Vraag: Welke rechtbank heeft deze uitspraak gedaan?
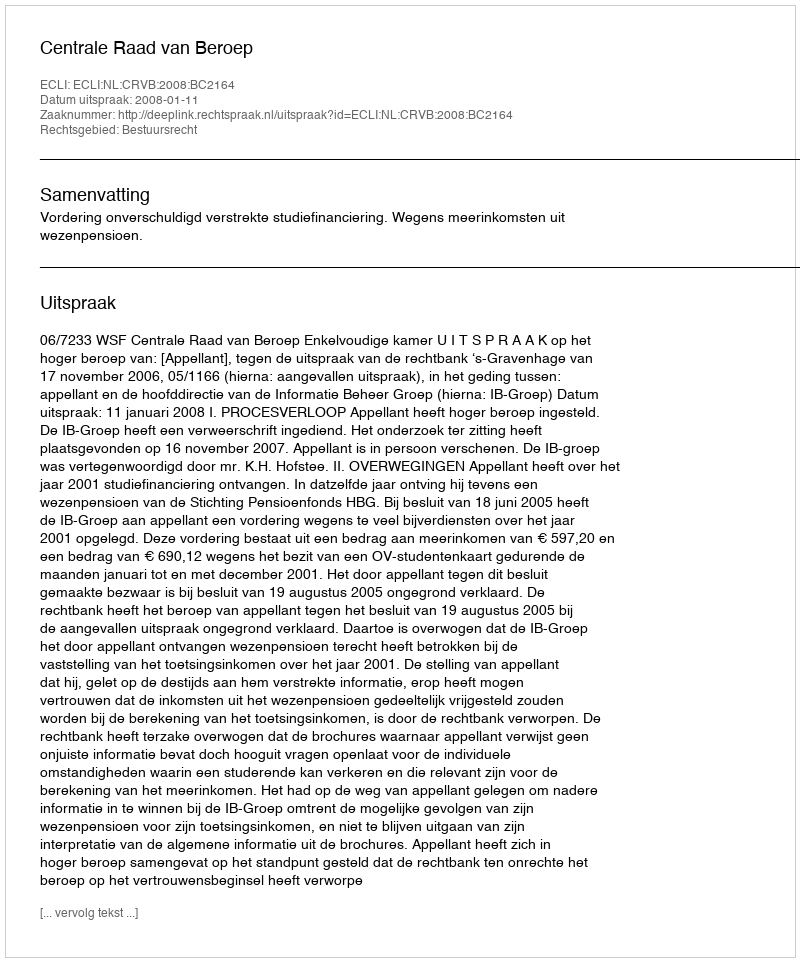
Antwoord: Centrale Raad van Beroep